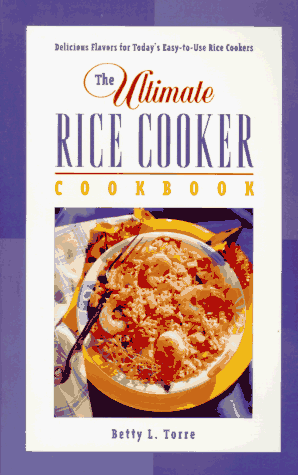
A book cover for The Ultimate Rice Cooker Cookbook: Delicious Flavors for Today's Easy-to-Use Rice Cookers; Betty L. Torre; Cookbooks, Food & Wine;